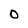
Character: O